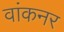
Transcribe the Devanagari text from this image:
वांकनर